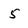
Character: 5